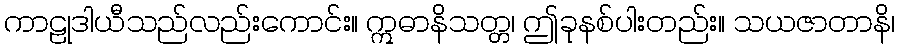
ကာဠုဒါယီသည်လည်းကောင်း။ ဣဓာနိသတ္တ၊ ဤခုနစ်ပါးတည်း။ သယဇာတာနိ၊